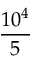
\frac { 1 0 ^ { 4 } } { 5 }